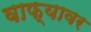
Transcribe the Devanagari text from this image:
वाफ्यावर